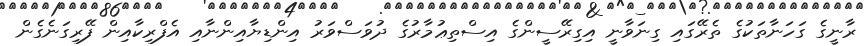
ރާނީގެ ގަހަނާތަކުގެ ތެރޭގައި ގިނަވާނީ އިގިރޭސީންގެ އިސްތިޢުމާރުގެ ދުވަސްވަރު އިންޑިޔާއިންނާއި އެފްރިކާއިން ފޭރިގަނެގެން